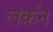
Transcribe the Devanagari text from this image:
लर्कन